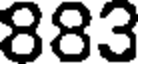
883